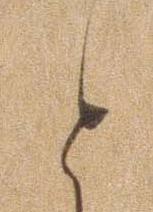
と